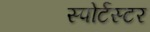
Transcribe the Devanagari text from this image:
स्पोर्टस्टर